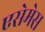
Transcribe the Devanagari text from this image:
एसेमेस